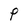
Character: P